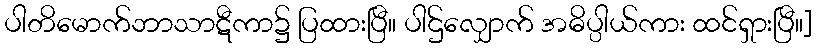
ပါတိမောက်ဘာသာဋီကာ၌ ပြထားပြီ။ ပါဌ်လျှောက် အဓိပ္ပါယ်ကား ထင်ရှားပြီ။]